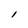
Character: l